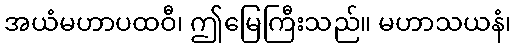
အယံမဟာပထဝီ၊ ဤမြေကြီးသည်။ မဟာသယနံ၊